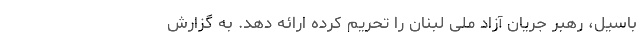
باسیل، رهبر جریان آزاد ملی لبنان را تحریم کرده ارائه دهد. به گزارش